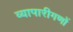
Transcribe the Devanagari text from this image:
व्यापारीगणों